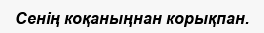
Сенің коқаныңнан корықпан.